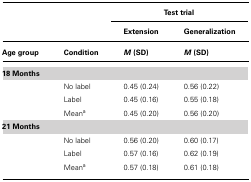
|  |  | <COLSPAN=2> Test trial |
 |  |  | Extension | Generalization |
 | Age group | Condition | M (SD) | M (SD) |
 | --- | --- | --- | --- |
 | 18 Months |
 |  | No label | 0.45 (0.24) | 0.56 (0.22) |
 |  | Label | 0.45 (0.16) | 0.55 (0.18) |
 |  | Meana | 0.45 (0.20) | 0.56 (0.20) |
 | 21 Months |
 |  | No label | 0.56 (0.20) | 0.60 (0.17) |
 |  | Label | 0.57 (0.16) | 0.62 (0.19) |
 |  | Meana | 0.57 (0.18) | 0.61 (0.18) |